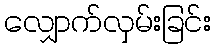
လျှောက်လှမ်းခြင်း